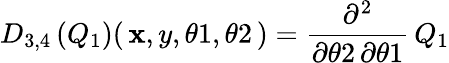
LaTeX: {{D}_{3,4}}\left(\! \, {{Q}_{1}}\, \! \right)(\, {\mathbf{x}},{y},{\theta1},{\theta2}\, )={\frac{{{\partial}^{2}}}{{{\partial}{\theta2}\, {\partial}{\theta1}}}}\, {{Q}_{1}}